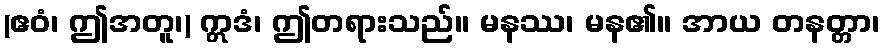
(ဧဝံ၊ ဤအတူ၊) ဣဒံ၊ ဤတရားသည်။ မနဿ၊ မန၏။ အာယ တနတ္တာ၊